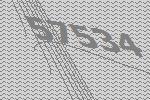
57534